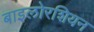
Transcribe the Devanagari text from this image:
बाइलोरशियन